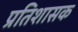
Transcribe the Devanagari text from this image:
प्रतिशासक